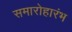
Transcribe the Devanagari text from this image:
समारोहारंभ